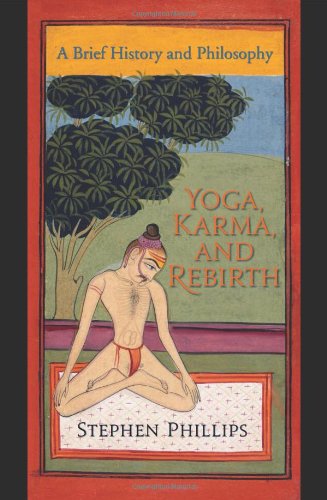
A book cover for Yoga, Karma, and Rebirth: A Brief History and Philosophy; Stephen Phillips; Religion & Spirituality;